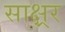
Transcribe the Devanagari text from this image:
साक्ष्रर